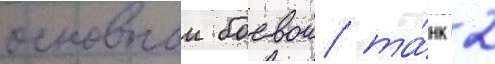
основнои боевои та́нк 2